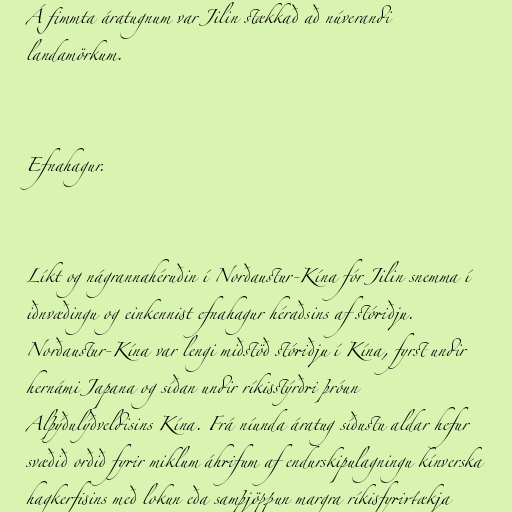
Á fimmta áratugnum var Jilin stækkað að núverandi
landamörkum.

Efnahagur.

Líkt og nágrannahéruðin í Norðaustur-Kína fór Jilin snemma í
iðnvæðingu og einkennist efnahagur héraðsins af stóriðju.
Norðaustur-Kína var lengi miðstöð stóriðju í Kína, fyrst undir
hernámi Japana og síðan undir ríkisstýrðri þróun
Alþýðulýðveldisins Kína. Frá níunda áratug síðustu aldar hefur
svæðið orðið fyrir miklum áhrifum af endurskipulagningu kínverska
hagkerfisins með lokun eða samþjöppun margra ríkisfyrirtækja